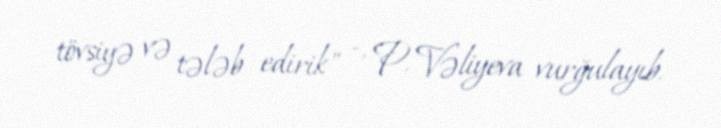
tövsiyə və tələb edirik" -, P. Vəliyeva vurğulayıb.